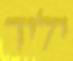
יליד